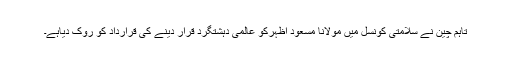
تاہم چین نے سلامتی کونسل میں مولانا مسعود اظہرکو عالمی دہشتگرد قرار دینے کی قرارداد کو روک دیاہے۔